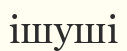
ішуші